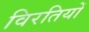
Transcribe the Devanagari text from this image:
विरतियों